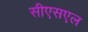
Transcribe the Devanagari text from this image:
सीएसएल